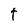
Character: t